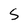
Character: S